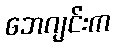
ဘေဂျင်းက